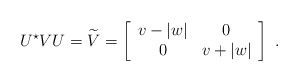
\begin{align*}U^\star VU = \widetilde{V} = \left[\begin{array}{ccc} v-|w| & 0\\0 & v+ |w|\end{array} \right] \ .\end{align*}